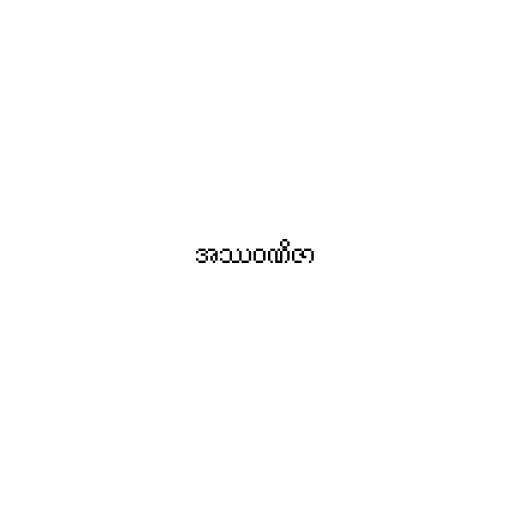
အဿဝဏိဇာ